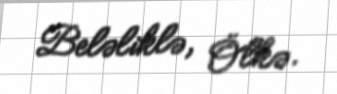
Beləliklə, Ölkə.